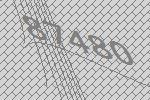
87480